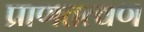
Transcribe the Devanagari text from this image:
प्राणतत्वण